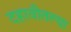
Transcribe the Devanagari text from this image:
दहावीतल्या